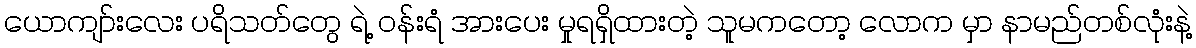
ယောကျာ်းလေး ပရိသတ်တွေ ရဲ့ ဝန်းရံ အားပေး မှုရရှိထားတဲ့ သူမကတော့ လောက မှာ နာမည်တစ်လုံးနဲ့